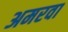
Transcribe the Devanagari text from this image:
अमरवा